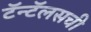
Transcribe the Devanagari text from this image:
टॅन्टॅलसची